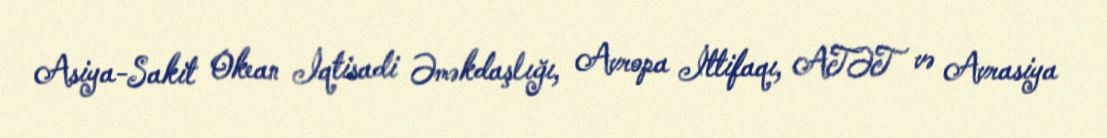
Asiya-Sakit Okean İqtisadi Əməkdaşlığı, Avropa İttifaqı, ATƏT və Avrasiya